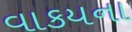
વાકયના